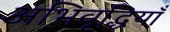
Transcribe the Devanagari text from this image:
अभिवृद्धियाँ